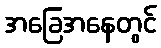
အခြေအနေတွင်